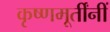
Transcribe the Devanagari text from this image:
कृष्णमूर्तींनीं